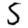
Digit: 5